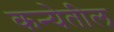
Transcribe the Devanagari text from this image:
कन्येतील